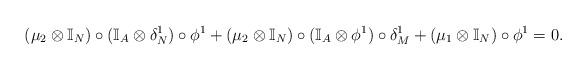
LaTeX: \begin{align*} (\mu_2\otimes\mathbb{I}_N)\circ(\mathbb{I}_A\otimes\delta^1_N)\circ\phi^1+ (\mu_2\otimes\mathbb{I}_N)\circ(\mathbb{I}_A\otimes\phi^1)\circ\delta^1_M+ (\mu_1\otimes\mathbb{I}_N)\circ\phi^1 = 0. \end{align*}